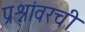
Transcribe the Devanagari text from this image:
प्रश्नांवरची